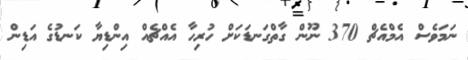
ނަމަވެސް އެމްއެޗް 370 ނޫން ގާތްގަނޑަކަށް ހުރިހާ އެއްޗެއް އިންޑިޔާ ކަނޑުގެ އަޑިން